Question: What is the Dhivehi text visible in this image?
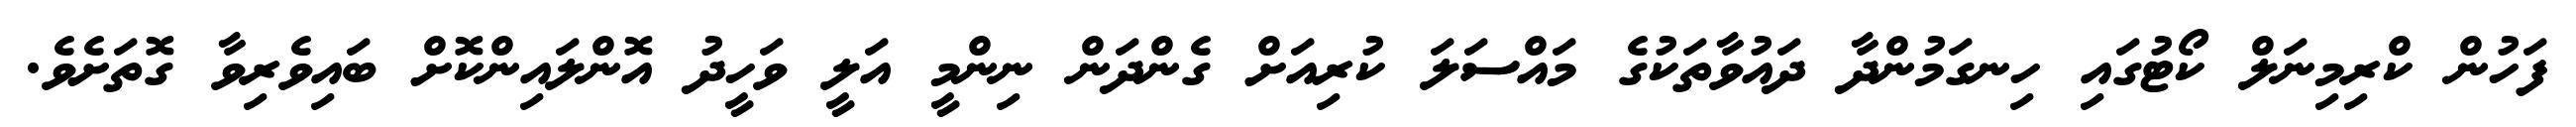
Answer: ފަހުން ކްރިމިނަލް ކޯޓުގައި ހިނގަމުންދާ ދައުވާތަކުގެ މައްސަލަ ކުރިއަށް ގެންދަން ނިންމީ އަލީ ވަހީދު އޮންލައިންކޮށް ބައިވެރިވާ ގޮތަށެވެ.